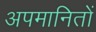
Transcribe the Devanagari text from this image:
अपमानितों